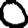
Digit: 0